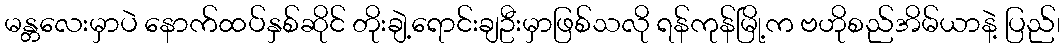
မန္တလေးမှာပဲ နောက်ထပ်နှစ်ဆိုင် တိုးချဲ့ရောင်းချဦးမှာဖြစ်သလို ရန်ကုန်မြို့က ဗဟိုစည်အိမ်ယာနဲ့ ပြည်၊